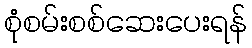
စုံစမ်းစစ်ဆေးပေးရန်